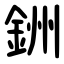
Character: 銂